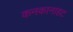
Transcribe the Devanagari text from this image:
कनकानाहट